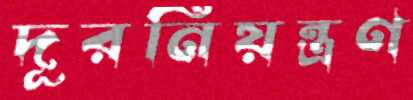
দূরনিয়ন্ত্রণ